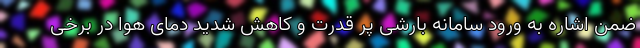
ضمن اشاره به ورود سامانه بارشی پر قدرت و کاهش شدید دمای هوا در برخی